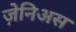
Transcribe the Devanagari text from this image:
ज़ेनिअस